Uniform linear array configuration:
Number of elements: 12
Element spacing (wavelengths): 0.5
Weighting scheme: exponential
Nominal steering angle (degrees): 15
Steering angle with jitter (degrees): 15.913
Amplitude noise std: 0.05
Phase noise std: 0.05

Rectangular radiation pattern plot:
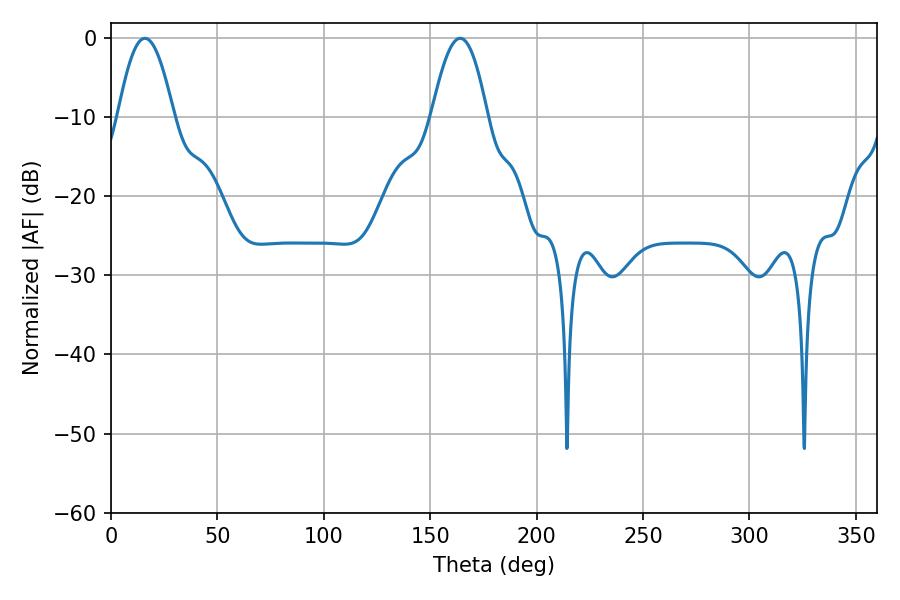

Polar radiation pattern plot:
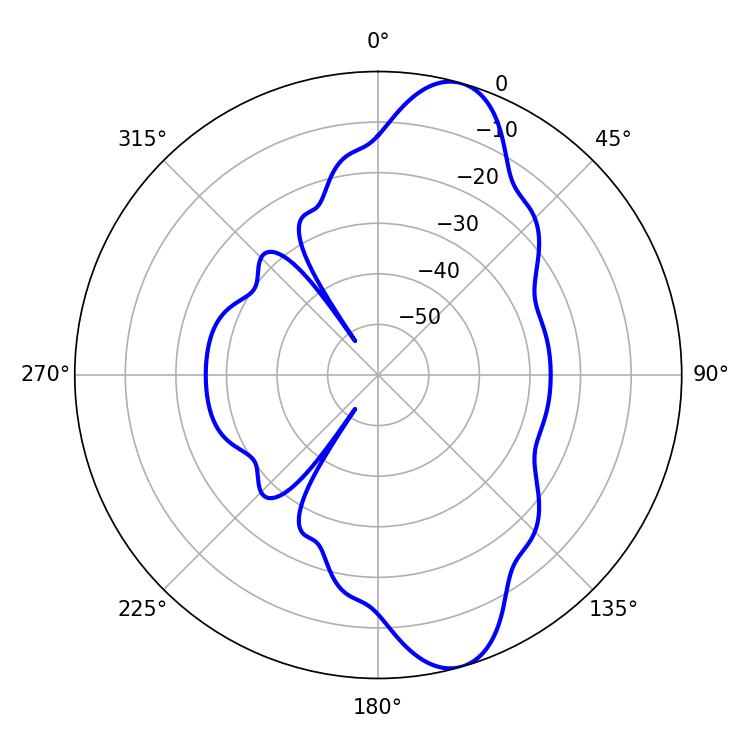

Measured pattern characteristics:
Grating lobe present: FALSE
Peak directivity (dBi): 10.92
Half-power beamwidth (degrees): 14.22
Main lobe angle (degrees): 16.02